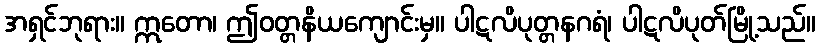
အရှင်ဘုရား။ ဣတော၊ ဤဝတ္တနိယကျောင်းမှ။ ပါဋလိပုတ္တနဂရံ၊ ပါဋလိပုတ်မြို့သည်။